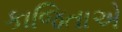
કાજિતાએ